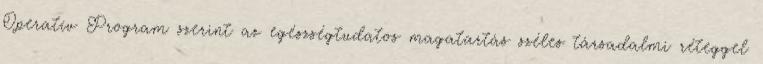
Operatív Program szerint az egészségtudatos magatartás széles társadalmi réteggel